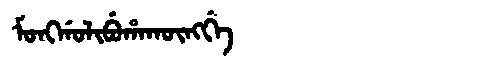
Manchu: ᠮᠣᠩᡤᠣᠯᡳᠪᡠᡥᠠᡴᡡᠩᡤᡝ
Romanization: MONGGOLIBUHAKŪNGGE